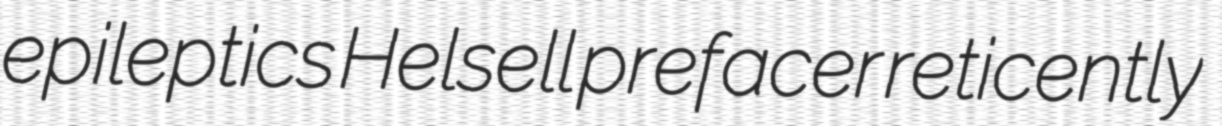
epileptics Helsell prefacer reticently